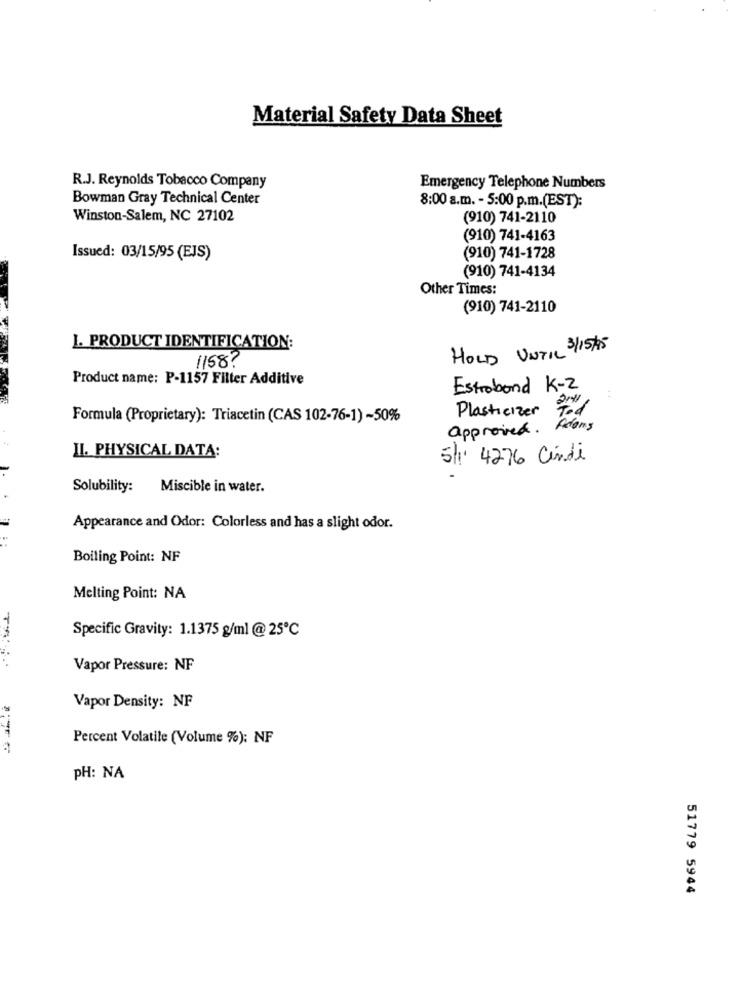
Material Safety Data Sheet
R.J. Reynolds Tobacco Company
Emergency Telephone Numbers
Bowman Gray Technical Center
8:00 a.m. - 5:00 p.m.(EST):
Winston-Salem, NC 27102
(910) 741-2110
(910) 741-4163
Issued: 03/15/95 (EJS)
(910) 741-1728
(910) 741-4134
Other Times:
(910) 741-2110
I. PRODUCT IDENTIFICATION:
HOLD UNTIL 3/15/45
1158 ?
Product name: P-1157 Filter Additive
Estroband K-Z
Plasticizer Tod
Formula (Proprietary): Triacetin (CAS 102-76-1) -50%
approved. Adams
II. PHYSICAL DATA:
5/1 4276 Cindi
Solubility:
Miscible in water.
Appearance and Odor: Colorless and has a slight odor.
Boiling Point: NF
Melting Point: NA
Specific Gravity: 1.1375 g/ml @25℃
Vapor Pressure: NF
Vapor Density: NF
Percent Volatile (Volume %): NF
PH: NA
51779 5944